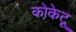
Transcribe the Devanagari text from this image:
कोकेटू